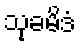
သုခမိဒံ